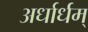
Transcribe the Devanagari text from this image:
अर्धार्धम्